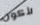
لأكون